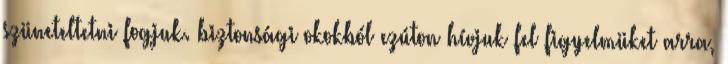
szüneteltetni fogjuk. biztonsági okokból ezúton hívjuk fel figyelmüket arra,